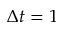
\Delta t = 1